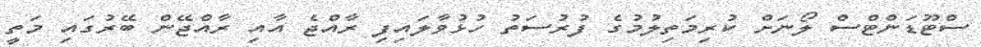
ސްޓޫޑަންޓްސް ލޯނަށް ކުރިމަތިލުމުގެ ފުރުސަތު ހުޅުވާލައިފި ރާއްޖެ އާއި ރާއްޖޭން ބޭރުގައި މަތީ